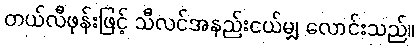
တယ်လီဖုန်းဖြင့် သီလင်အနည်းငယ်မျှ လောင်းသည်။